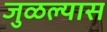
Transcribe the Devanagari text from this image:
जुळल्यास